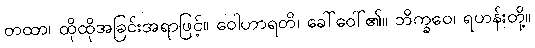
တထာ၊ ထိုထိုအခြင်းအရာဖြင့်။ ဝေါဟာရတိ၊ ခေါ်ဝေါ်၏။ ဘိက္ခဝေ၊ ရဟန်းတို့။